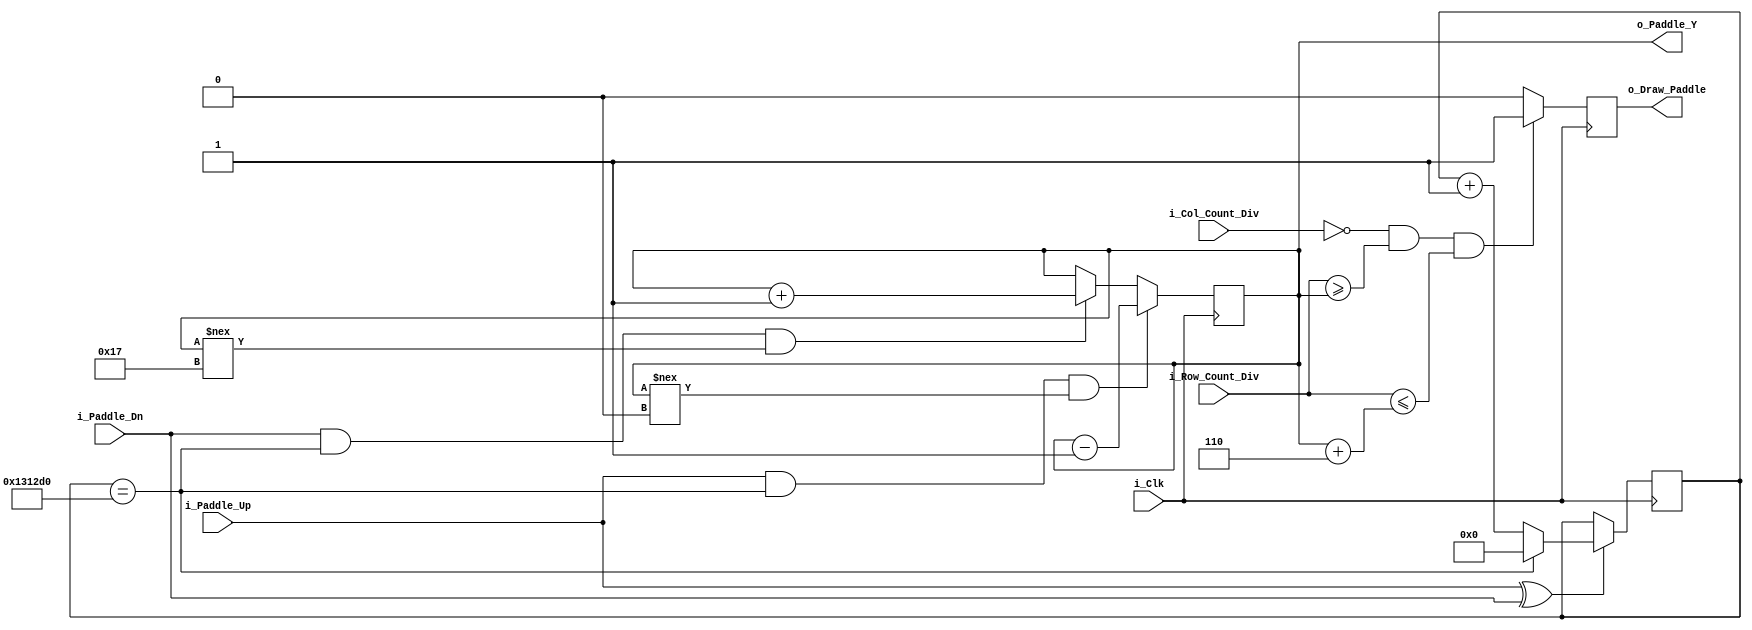
module Pong_Paddle_Ctrl
  #(parameter c_PLAYER_PADDLE_X=0,
    parameter c_PADDLE_HEIGHT=6,
    parameter c_GAME_HEIGHT=30)
  (input            i_Clk,
   input [5:0]      i_Col_Count_Div,
   input [5:0]      i_Row_Count_Div,
   input            i_Paddle_Up,
   input            i_Paddle_Dn,
   output reg       o_Draw_Paddle,
   output reg [5:0] o_Paddle_Y);

  // Set the Speed of the paddle movement.  
  // In this case, the paddle will move one board game unit
  // every 50 milliseconds that the button is held down.
  parameter c_PADDLE_SPEED = 1250000;

  reg [31:0] r_Paddle_Count = 0;

  wire w_Paddle_Count_En;

  // Only allow paddles to move if only one button is pushed.
  // ^ is an XOR bitwise operation.
  assign w_Paddle_Count_En = i_Paddle_Up ^ i_Paddle_Dn;

  always @(posedge i_Clk)
  begin
    if (w_Paddle_Count_En == 1'b1)
    begin
      if (r_Paddle_Count == c_PADDLE_SPEED)
        r_Paddle_Count <= 0;
      else
        r_Paddle_Count <= r_Paddle_Count + 1;
    end

    // Update the Paddle Location slowly.  Only allowed when the
    // Paddle Count reaches its limit.  Don't update if paddle is
    // already at the top of the screen.
    if (i_Paddle_Up == 1'b1 && r_Paddle_Count == c_PADDLE_SPEED &&
        o_Paddle_Y !== 0)
      o_Paddle_Y <= o_Paddle_Y - 1;
    else if (i_Paddle_Dn == 1'b1 && r_Paddle_Count == c_PADDLE_SPEED &&
             o_Paddle_Y !== c_GAME_HEIGHT-c_PADDLE_HEIGHT-1)
      o_Paddle_Y <= o_Paddle_Y + 1;

  end


  // Draws the Paddles as determined by input parameter
  // c_PLAYER_PADDLE_X as well as o_Paddle_Y
  always @(posedge i_Clk)
  begin
    // Draws in a single column and in a range of rows.
    // Range of rows is determined by c_PADDLE_HEIGHT
    if (i_Col_Count_Div == c_PLAYER_PADDLE_X &&
        i_Row_Count_Div >= o_Paddle_Y &&
        i_Row_Count_Div <= o_Paddle_Y + c_PADDLE_HEIGHT)
      o_Draw_Paddle <= 1'b1;
    else
      o_Draw_Paddle <= 1'b0;
  end

endmodule